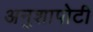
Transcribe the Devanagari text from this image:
अनुशापोटी